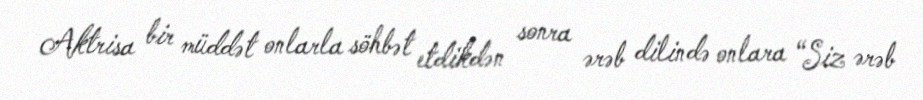
Aktrisa bir müddət onlarla söhbət etdikdən sonra ərəb dilində onlara “Siz ərəb